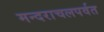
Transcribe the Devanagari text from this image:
मन्दराचलपर्वत